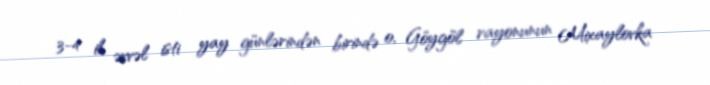
3-4 il əvvəl isti yay günlərindən birində o, Göygöl rayonunun Mixaylovka